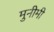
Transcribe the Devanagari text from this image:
मुनीमी